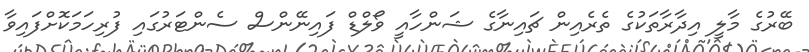
ބޭރުގެ މާލީ އިދާރާތަކުގެ ތެރެއިން ޗައިނާގެ ޝަންހާއީ ވޯލްޑް ފައިނޭންސް ސެންޓަރުގައި ފުރިހަަމަކޮށްފައިވާ